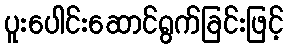
ပူးပေါင်းဆောင်ရွက်ခြင်းဖြင့်